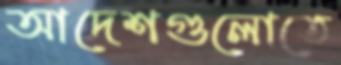
আদেশগুলোতে